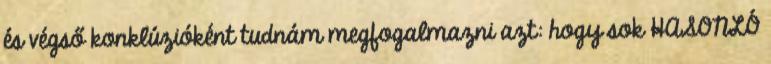
és végső konklúzióként tudnám megfogalmazni azt: hogy sok HASONLÓ